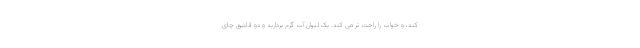
کند، و خواب را راحت تر می کند. یک لیوان آب گرم بردارید و دو قاشق چای